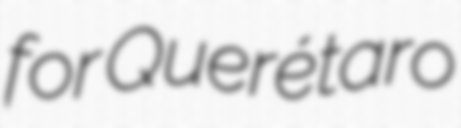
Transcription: for Querétaro